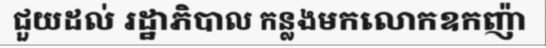
ជួយដល់ រដ្ឋាភិបាល កន្លងមកលោកឧកញ៉ា